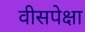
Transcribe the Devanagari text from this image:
वीसपेक्षा